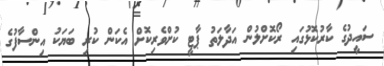
ސައީދުގެ ކާރުކޮޅުގައި ރޯކޮށްލުން އަދާލަތު ޕާޓީ ކުށްވެރިކޮށް އެކަން ކުރި ބަޔަކު އިންސާފުގެ